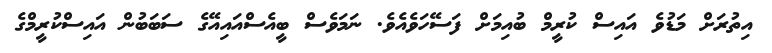
އިތުރަށް މަޑުވެ އައިސް ކުރީމް ބުއިމަށް ފަސޭހަވެއެވެ. ނަމަވެސް ބީއެސްއައިއޭގެ ސަބަބުން އައިސްކުރީމްގެ